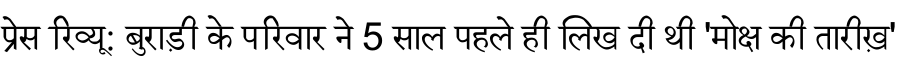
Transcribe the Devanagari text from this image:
प्रेस रिव्यू: बुराड़ी के परिवार ने 5 साल पहले ही लिख दी थी 'मोक्ष की तारीख़'